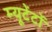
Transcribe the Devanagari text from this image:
म्यूटेंटों